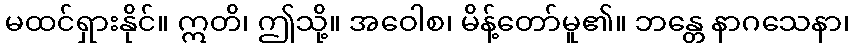
မထင်ရှားနိုင်။ ဣတိ၊ ဤသို့။ အဝေါစ၊ မိန့်တော်မူ၏။ ဘန္တေ နာဂသေနာ၊